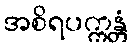
အစိရပက္ကန္တံ